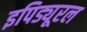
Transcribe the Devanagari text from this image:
इपिड्यूरल